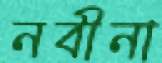
নবীনা